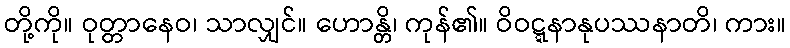
တို့ကို။ ဝုတ္တာနေဝ၊ သာလျှင်။ ဟောန္တိ၊ ကုန်၏။ ဝိဝဋ္ဋနာနုပဿနာတိ၊ ကား။